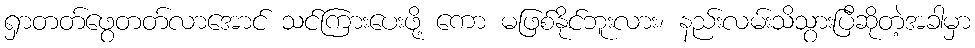
ရှာတတ်ဖွေတတ်လာအောင် သင်ကြားပေးဖို့ ကော မဖြစ်နိုင်ဘူးလား၊ နည်းလမ်းသိသွားပြီဆိုတဲ့အခါမှာ